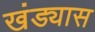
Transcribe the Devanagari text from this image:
खंड्यास